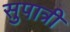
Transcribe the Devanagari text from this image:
सुपात्री